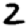
Digit: 2